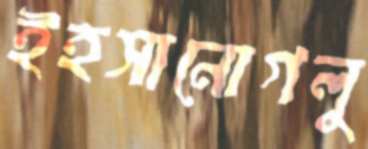
ইহসানোগলু